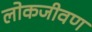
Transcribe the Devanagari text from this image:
लोकजीवण